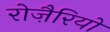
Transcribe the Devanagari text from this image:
रोज़ैरियो